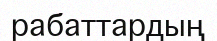
рабаттардың